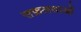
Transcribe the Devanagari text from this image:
सफ़लताओं